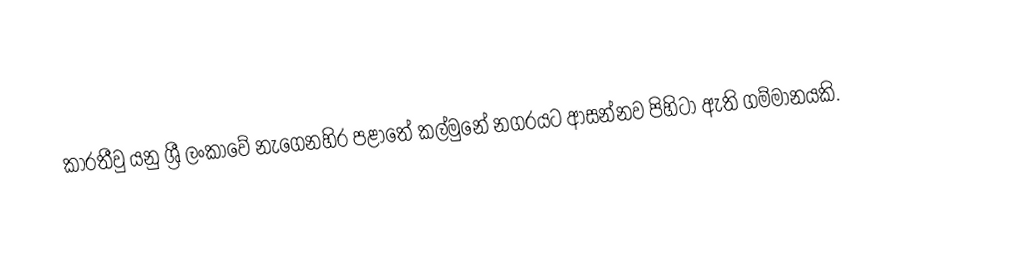
කාරතීවු යනු ශ්‍රී ලංකාවේ නැගෙනහිර පළාතේ කල්මුනේ නගරයට ආසන්නව පිහිටා ඇති ගම්මානයකි.